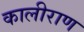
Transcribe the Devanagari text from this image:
कालीराण